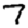
Digit: 7